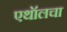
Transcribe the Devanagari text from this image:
एथॉलचा